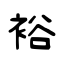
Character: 裕